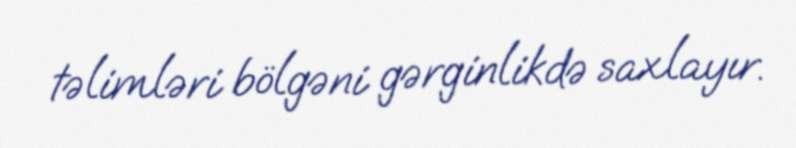
təlimləri bölgəni gərginlikdə saxlayır.